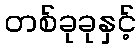
တစ်ခုခုနှင့်